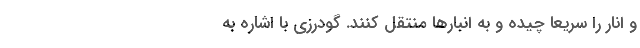
و انار را سریعا چیده و به انبار‌ها منتقل کنند. گودرزی با اشاره به